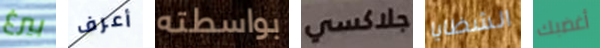
بيرغ أعرف بواسطته جلاكسي الشظايا أغضبك